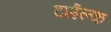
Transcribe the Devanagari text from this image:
टाईल्क